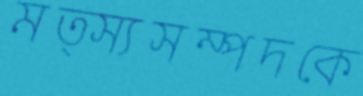
মত্স্যসম্পদকে